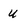
Character: u